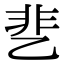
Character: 㐟